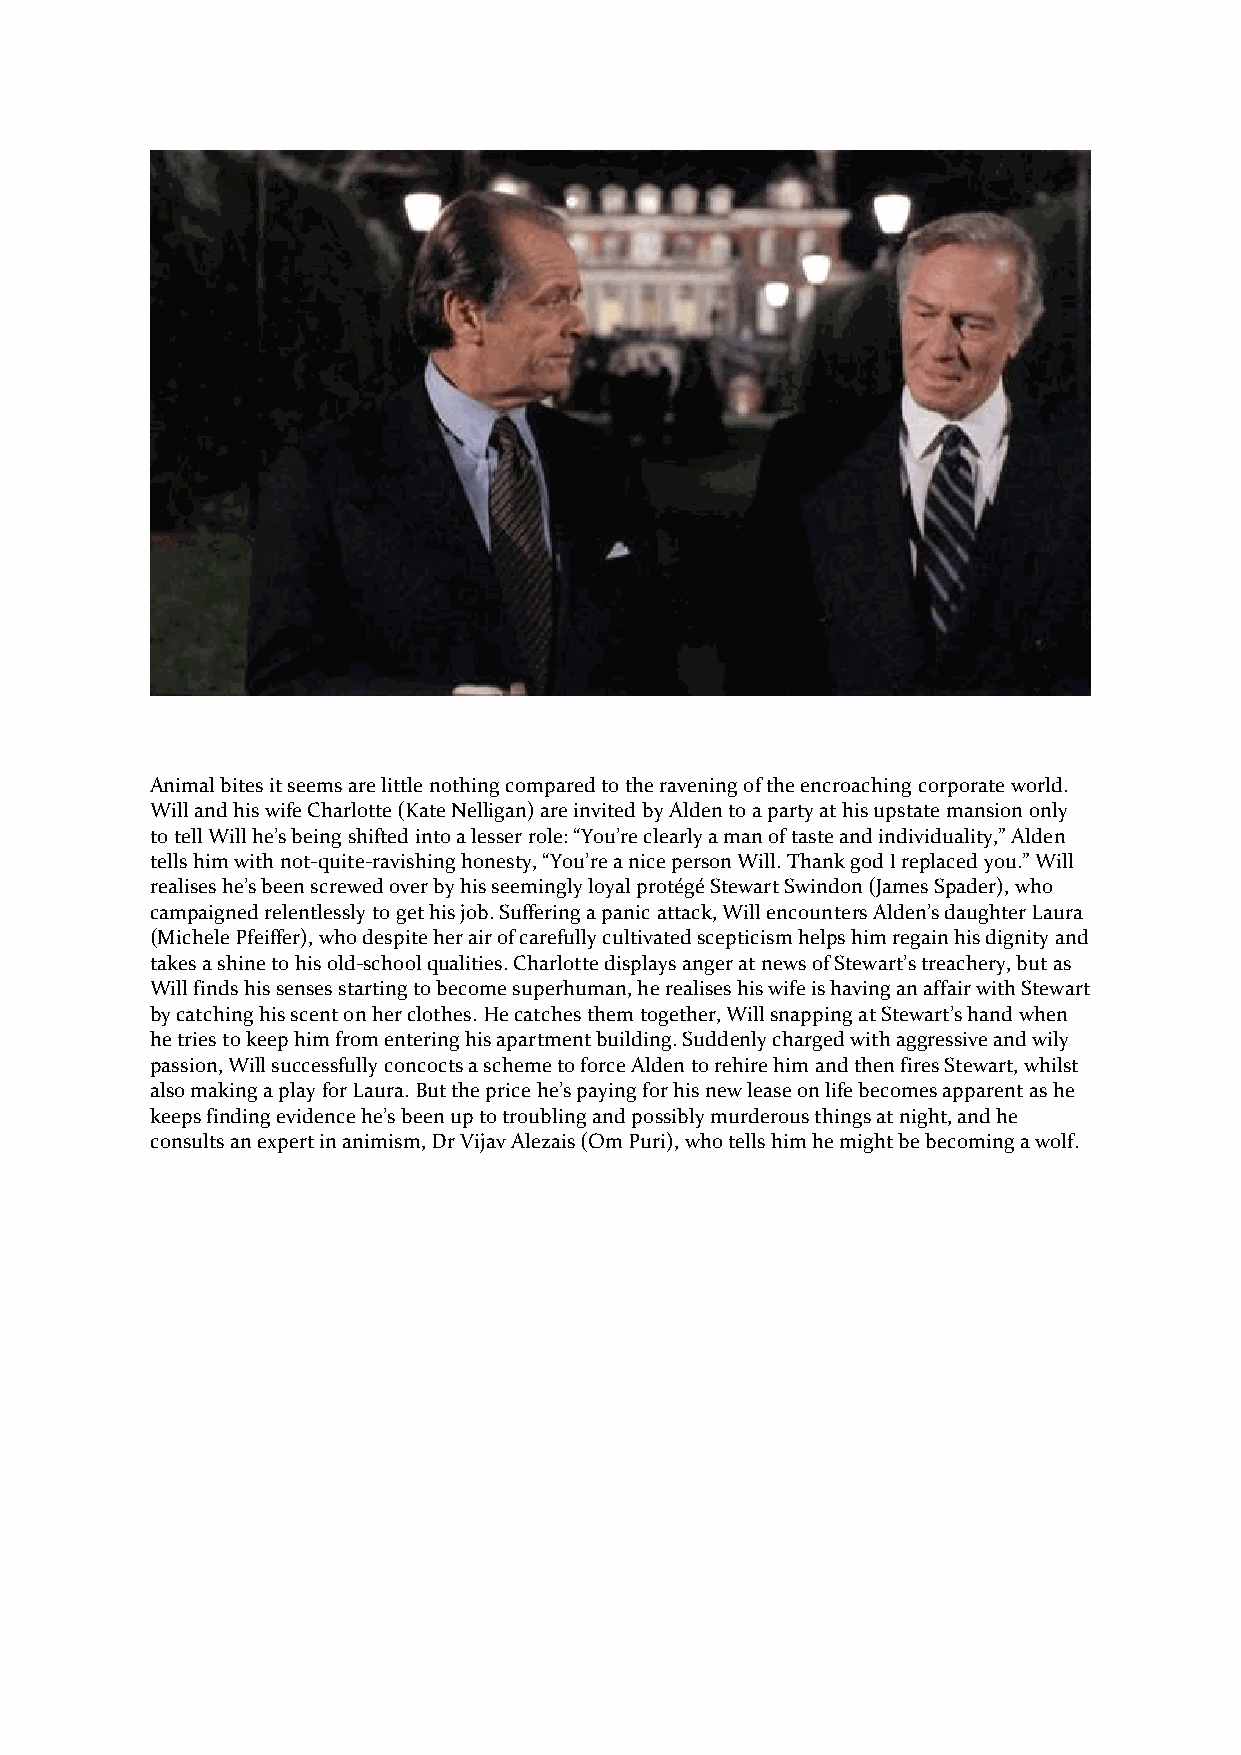
Animal bites it seems are little nothing compared to the ravening of the encroaching corporate world.
 Will and his wife Charlotte (Kate Nelligan) are invited by Alden to a party at his upstate mansion only
 to tell Will he’s being shifted into a lesser role: “You’re clearly a man of taste and individuality,” Alden
 tells him with not-quite-ravishing honesty, “You’re a nice person Will. Thank god I replaced you.” Will
 realises he’s been screwed over by his seemingly loyal protégé Stewart Swindon (James Spader), who
 campaigned relentlessly to get his job. Suffering a panic attack, Will encounters Alden’s daughter Laura
 (Michele Pfeiffer), who despite her air of carefully cultivated scepticism helps him regain his dignity and
 takes a shine to his old-school qualities. Charlotte displays anger at news of Stewart’s treachery, but as
 Will finds his senses starting to become superhuman, he realises his wife is having an affair with Stewart
 by catching his scent on her clothes. He catches them together, Will snapping at Stewart’s hand when
 he tries to keep him from entering his apartment building. Suddenly charged with aggressive and wily
 passion, Will successfully concocts a scheme to force Alden to rehire him and then fires Stewart, whilst
 also making a play for Laura. But the price he’s paying for his new lease on life becomes apparent as he
 keeps finding evidence he’s been up to troubling and possibly murderous things at night, and he
 consults an expert in animism, Dr Vijav Alezais (Om Puri), who tells him he might be becoming a wolf.